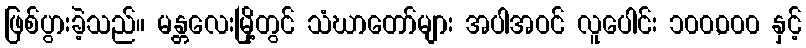
ဖြစ်ပွားခဲ့သည်။ မန္တလေးမြို့တွင် သံဃာတော်များ အပါအဝင် လူပေါင်း ၁၀၀,၀၀၀ နှင့်